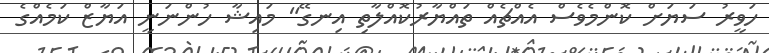
ހަވީރު ސަޔަށް ކޮންމެވެސް އެއްޗެއް ތައްޔާރުކޮއްލާތި އިނގޭ" މައިޝާ ހުންނަނީ އަޔާޒް ކަމެއްގެ